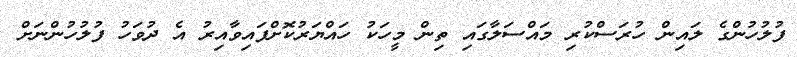
ފުލުހުންގެ ލައިން ހުރަސްކުރި މައްސަލާގައި ތިން މީހަކު ހައްޔަރުކޮށްފައިވާއިރު އެ ދުވަހު ފުލުހުންނަށް